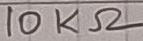
Text: 10KΩ